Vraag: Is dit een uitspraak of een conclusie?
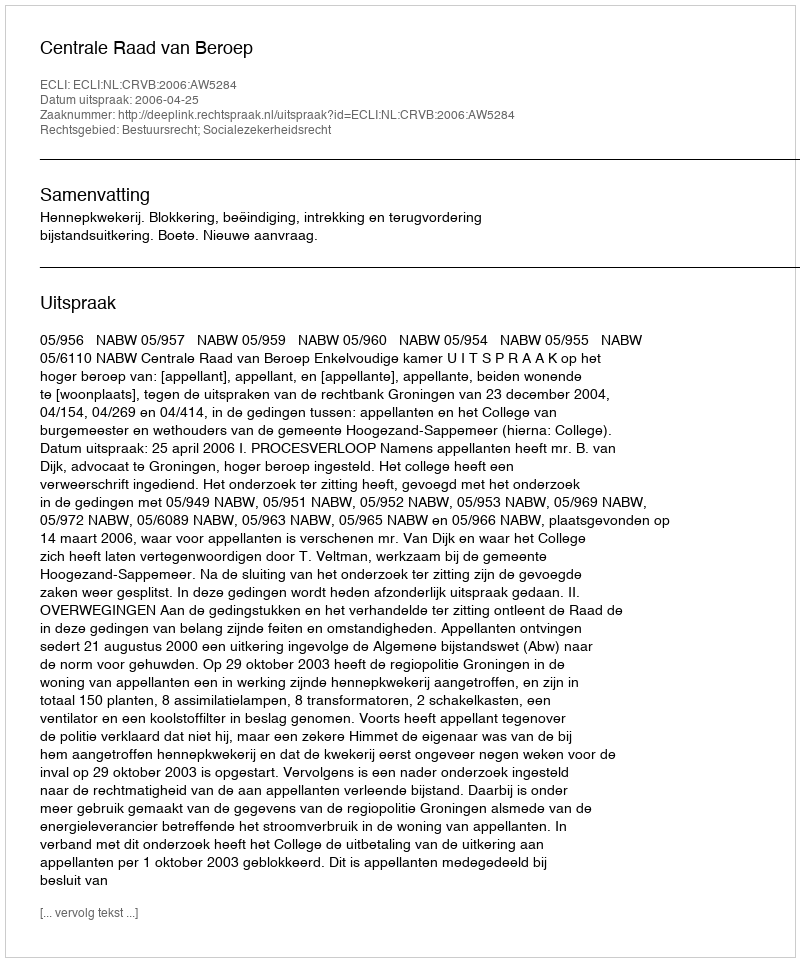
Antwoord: Uitspraak